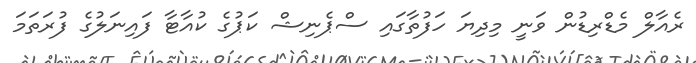
ރެއާލް މެޑްރިޑުން ވަނީ މިދިޔަ ހަފުތާގައި ސްޕެނިޝް ކަޕުގެ ކުއާޓާ ފައިނަލުގެ ފުރަތަމަ